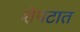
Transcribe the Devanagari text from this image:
शेपटात